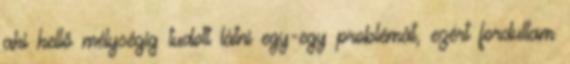
aki kellő mélységig tudott látni egy-egy problémát, ezért fordultam